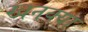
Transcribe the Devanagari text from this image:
खनक्या